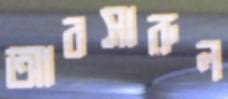
আবসারুল